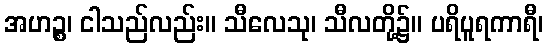
အဟဉ္စ၊ ငါသည်လည်း။ သီလေသု၊ သီလတို့၌။ ပရိပူရကာရီ၊